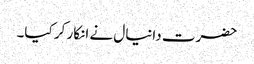
حضرت دانیال نے انکار کر کیا۔